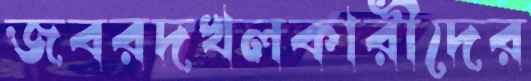
জবরদখলকারীদের